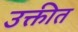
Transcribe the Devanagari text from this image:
उक्तीत